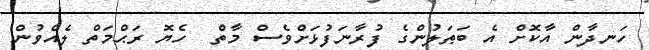
ހަނދާން އާކޮށް އެ ބަޠަލުންގެ ފުރާނަފުޅަށްވެސް މާތް  ހެޔޮ ރަޙްމަތް ލެއްވުން